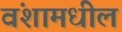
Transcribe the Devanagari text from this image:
वंशामधील